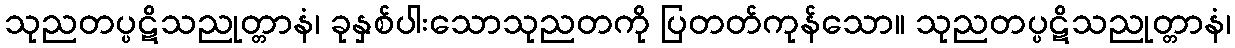
သုညတပ္ပဋိသညုတ္တာနံ၊ ခုနှစ်ပါးသောသုညတကို ပြတတ်ကုန်သော။ သုညတပ္ပဋိသညုတ္တာနံ၊